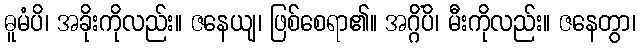
ဓူမံပိ၊ အခိုးကိုလည်း။ ဇနေယျ၊ ဖြစ်စေရာ၏။ အဂ္ဂိံပိ၊ မီးကိုလည်း။ ဇနေတွာ၊